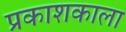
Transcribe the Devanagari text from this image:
प्रकाशकाला